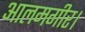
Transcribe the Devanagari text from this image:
आलमगीर।